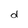
Character: d